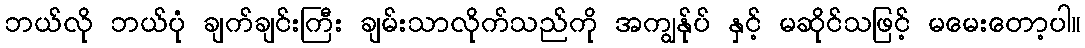
ဘယ်လို ဘယ်ပုံ ချက်ချင်းကြီး ချမ်းသာလိုက်သည်ကို အကျွန်ုပ် နှင့် မဆိုင်သဖြင့် မမေးတော့ပါ။